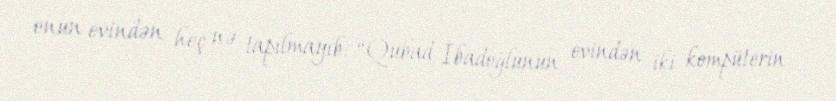
onun evindən heç nə tapılmayıb: “Qubad İbadoğlunun evindən iki kompüterin